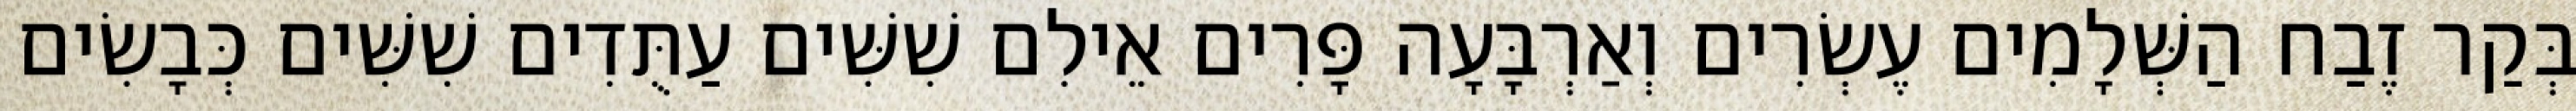
בְּקַר זֶבַח הַשְּׁלָמִים עֶשְׂרִים וְאַרְבָּעָה פָּרִים אֵילִם שִׁשִּׁים עַתֻּדִים שִׁשִּׁים כְּבָשִׂים